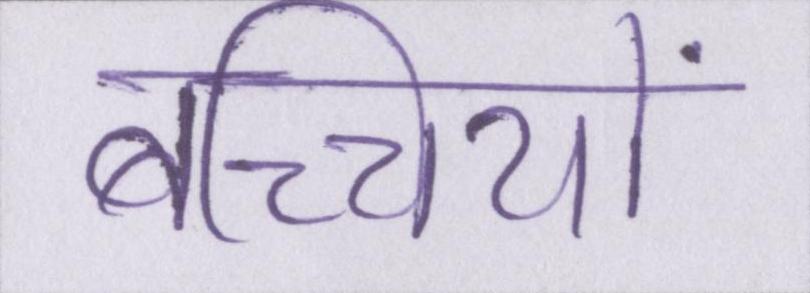
बच्चियों